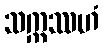
သက္ကဿဟံ